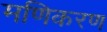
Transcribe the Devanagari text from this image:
मणिकरण